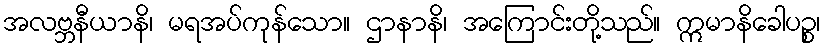
အလဗ္ဘနီယာနိ၊ မရအပ်ကုန်သော။ ဌာနာနိ၊ အကြောင်းတို့သည်။ ဣမာနိခေါပဉ္စ၊